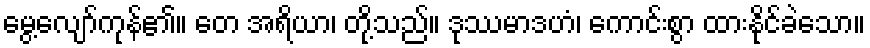
မွေ့လျော်ကုန်၏။ တေ အရိယာ၊ တို့သည်။ ဒုဿမာဒဟံ၊ ကောင်းစွာ ထားနိုင်ခဲသော။